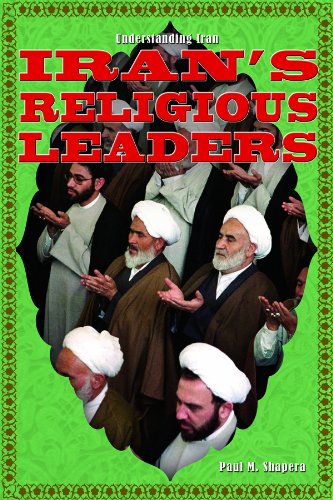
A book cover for Iran's Religious Leaders (Understanding Iran); Paul M. Shapera; Teen & Young Adult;